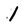
Character: 1